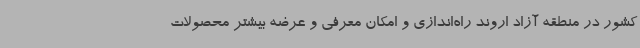
کشور در منطقه آزاد اروند راه‌اندازی و امکان معرفی و عرضه بیشتر محصولات